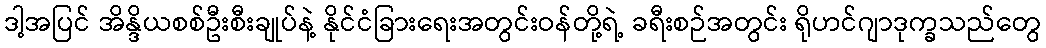
ဒါ့အပြင် အိန္ဒိယစစ်ဦးစီးချုပ်နဲ့ နိုင်ငံခြားရေးအတွင်းဝန်တို့ရဲ့ ခရီးစဉ်အတွင်း ရိုဟင်ဂျာဒုက္ခသည်တွေ